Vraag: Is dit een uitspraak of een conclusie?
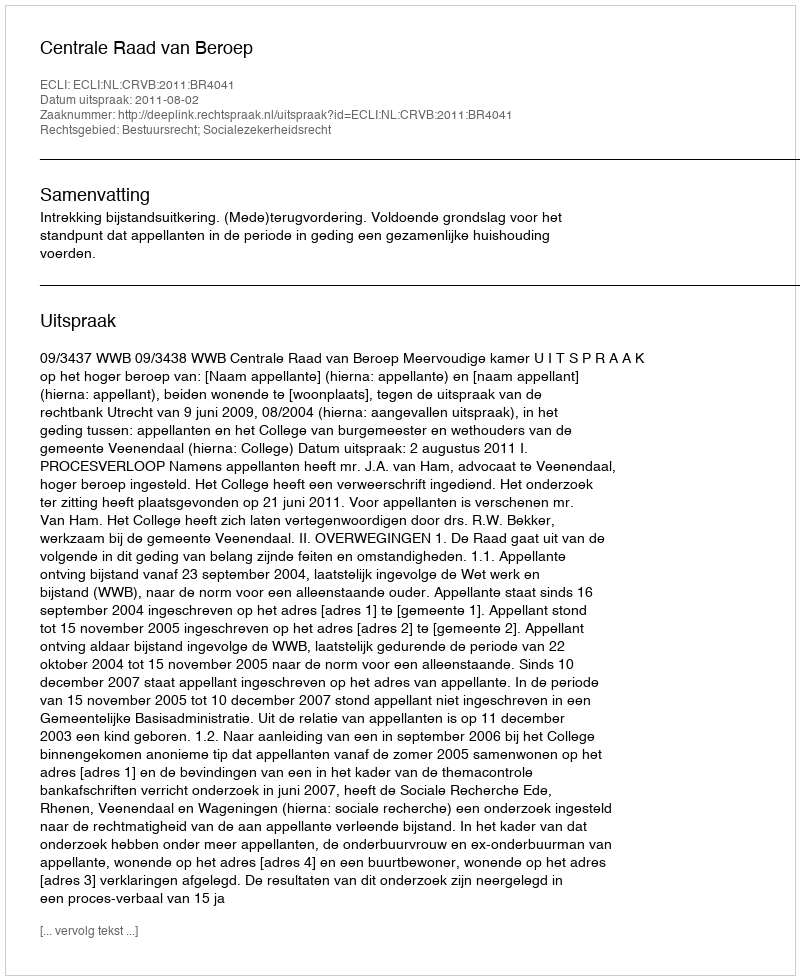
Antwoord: Uitspraak